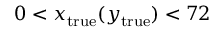
0 < x _ { \mathrm { { t r u e } } } ( y _ { \mathrm { { t r u e } } } ) < 7 2